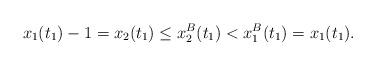
LaTeX: \begin{align*}x_1(t_1)-1=x_2(t_1)\leq x_2^B(t_1)< x_1^B(t_1)=x_1(t_1).\end{align*}